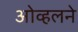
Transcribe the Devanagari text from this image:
ओव्हलने